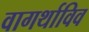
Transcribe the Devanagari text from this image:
वागर्थाविव